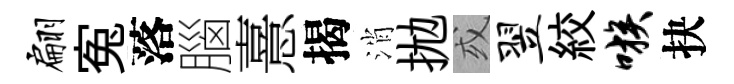
翩寃落腦憙揭消拋或翌絞嗾抉